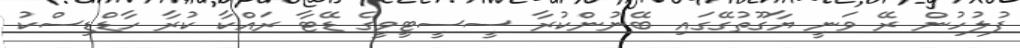
ފުލުހުން ރޭ ވަނީ ޔާގޫތުގޭގައި ބޭނުންކުރާ ސީސީޓީވީގެ ޑޭޓާ ރައްކާ ކުރާ ހާޑްޑިސްކު